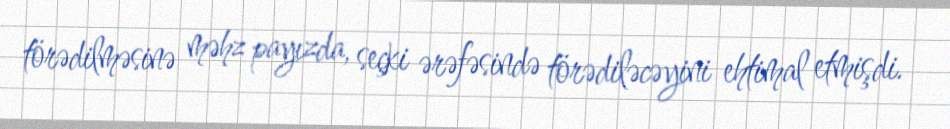
törədilməsinə məhz payızda, seçki ərəfəsində törədiləcəyini ehtimal etmişdi.